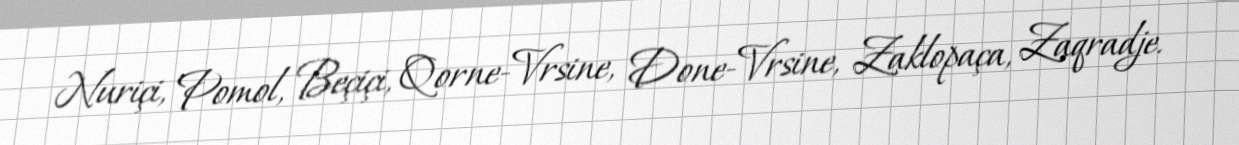
Nuriçi, Pomol, Beçiçi, Qorne-Vrsine, Done-Vrsine, Zaklopaça, Zaqradje.